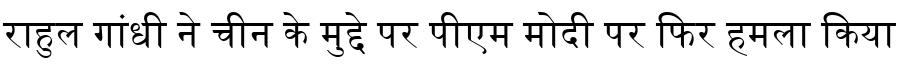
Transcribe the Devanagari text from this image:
राहुल गांधी ने चीन के मुद्दे पर पीएम मोदी पर फिर हमला किया